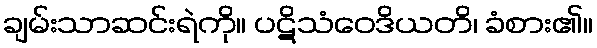
ချမ်းသာဆင်းရဲကို။ ပဋိသံဝေဒိယတိ၊ ခံစား၏။